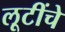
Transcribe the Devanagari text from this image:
लूटींचे